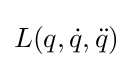
L(q,{\dot {q}},{\ddot {q}})